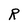
Character: R